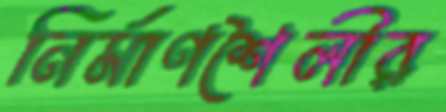
নির্মাণশৈলীর